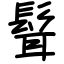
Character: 髶